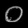
Digit: ၀